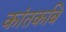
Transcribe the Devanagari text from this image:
कांतकबि